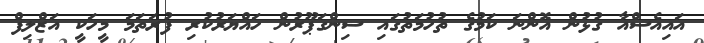
އައިއެސްއާ ގުޅުން އޮންނަ ކަމުގެ ތުހުމަތުގައި ސިންގަޕޫރުން ހައްޔަރުކުރި ފުރަތަމަ މީހަކީ އަޒްލިފް